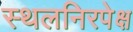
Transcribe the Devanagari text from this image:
स्थलनिरपेक्ष